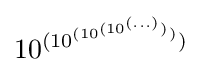
10^{(10^{(10^{(10^{(\ldots )})})})}